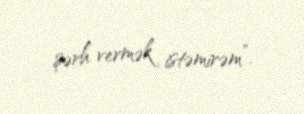
şərh vermək istəmirəm”.